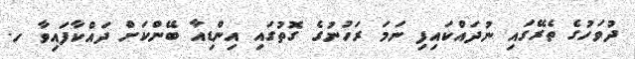
ދުވަހުގެ ތެރޭގައި ނުދައްކައިފި ނަމަ ރަހުނުގެ ގޮތުގައި އިންޑިއާ ބޭންކަށް ދައްކާފައިވާ ހ.